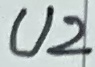
Text: U2